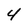
Character: 4